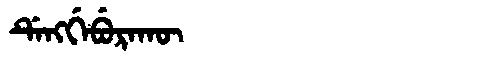
Manchu: ᡩᡝᠩᡤᡝᠪᡠᡵᠠᡴᡡ
Romanization: DENGGEBURAKŪ